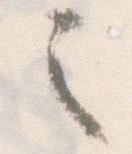
之